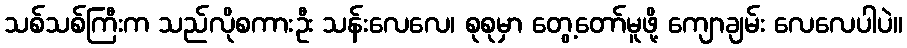
သစ်သစ်ကြီးက သည်လိုစကားဦး သန်းလေလေ၊ စုစုမှာ တွေ့တော်မူဖို့ ကျောချမ်း လေလေပါပဲ။